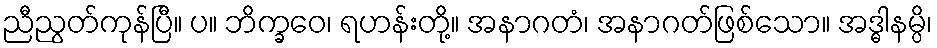
ညီညွတ်ကုန်ပြီ။ ပ။ ဘိက္ခဝေ၊ ရဟန်းတို့။ အနာဂတံ၊ အနာဂတ်ဖြစ်သော။ အဒ္ဓါနမ္ပိ၊